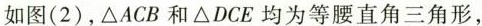
如图(2)，△ACB和△DCE均为等腰直角三角形，